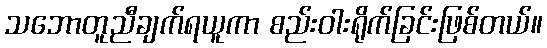
သဘောတူညီချက်ရယူကာ စည်းဝါးရိုက်ခြင်းဖြစ်တယ်။